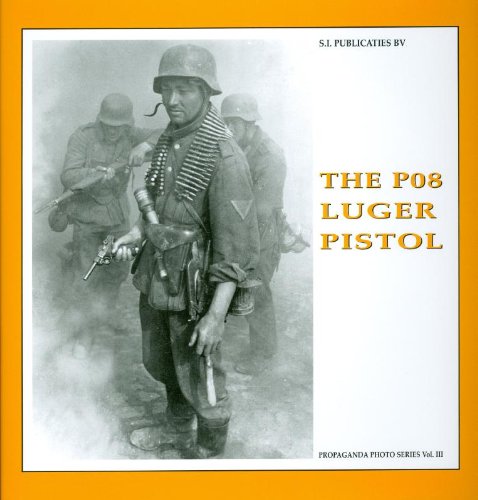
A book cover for THE P08 LUGER PISTOL (Propaganda Photo); Guus De Vries; History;